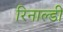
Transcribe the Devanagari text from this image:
रिनाल्डी